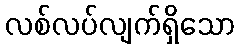
လစ်လပ်လျက်ရှိသော